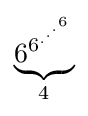
\underbrace {6^{6^{.^{.^{.^{6}}}}}} _{4}